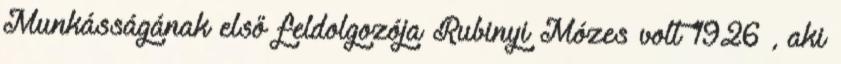
Munkásságának első feldolgozója Rubinyi Mózes volt 1926 , aki